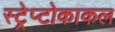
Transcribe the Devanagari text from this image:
स्ट्रेप्टोकाकल